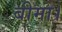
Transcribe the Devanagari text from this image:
बीमा।